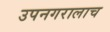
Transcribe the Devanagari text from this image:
उपनगरालाच